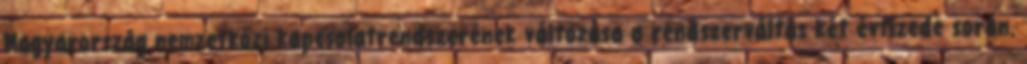
Magyarország nemzetközi kapcsolatrendszerének változása a rendszerváltás két évtizede során.